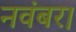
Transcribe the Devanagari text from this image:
नवंबर।